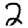
Digit: 2